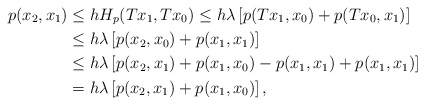
\begin{align*}p(x_2,x_1)&\leq hH_p(Tx_1,Tx_0)\leq h\lambda\left[p(Tx_1,x_0)+p(Tx_0,x_1)\right]\\&\leq h\lambda\left[p(x_2,x_0)+p(x_1,x_1)\right]\\&\leq h\lambda\left[p(x_2,x_1)+p(x_1,x_0)-p(x_1,x_1)+p(x_1,x_1)\right]\\&= h\lambda\left[p(x_2,x_1)+p(x_1,x_0)\right],\end{align*}